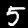
Label: 5